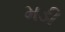
મડી